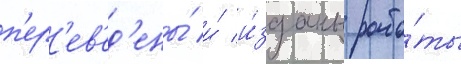
п'ер'ев'ед'ены́ и́ и́зданы рабо́ты